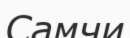
Самчи